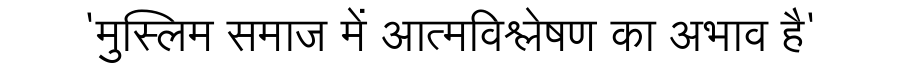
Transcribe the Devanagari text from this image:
'मुस्लिम समाज में आत्मविश्लेषण का अभाव है'